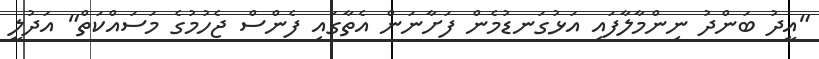
"އީދު ބަންދު ނިންމާލާފައި އަޅުގަނޑުމެން ފަށާނަން އެތާގައި ފެންސް ޖެހުމުގެ މަސައްކަތް" އަދުލީ